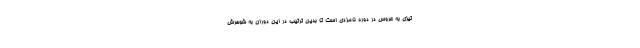
تیزی به عروس در دوره نامزدی است تا بدین ترتیب در این دوران به شوهرش